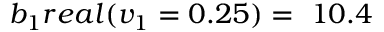
b _ { 1 } r e a l ( v _ { 1 } = 0 . 2 5 ) = \ 1 0 . 4